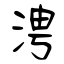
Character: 涄